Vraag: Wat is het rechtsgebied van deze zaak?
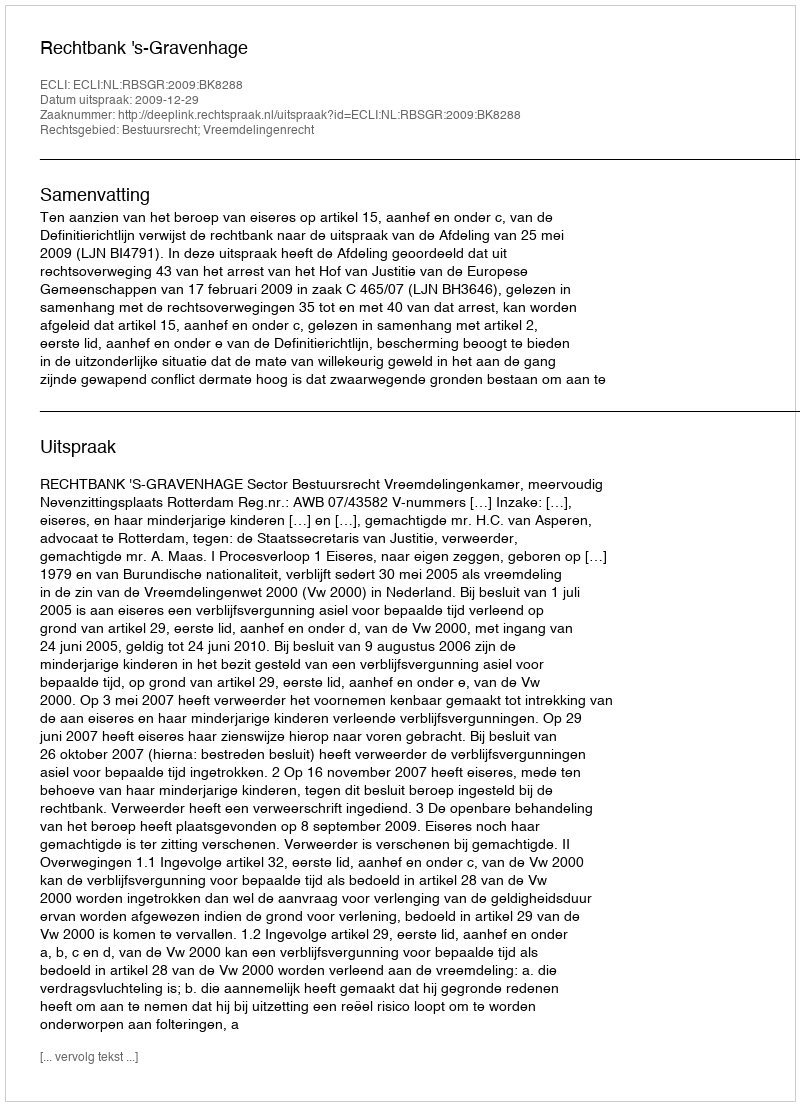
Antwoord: Bestuursrecht; Vreemdelingenrecht